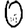
Digit: 0